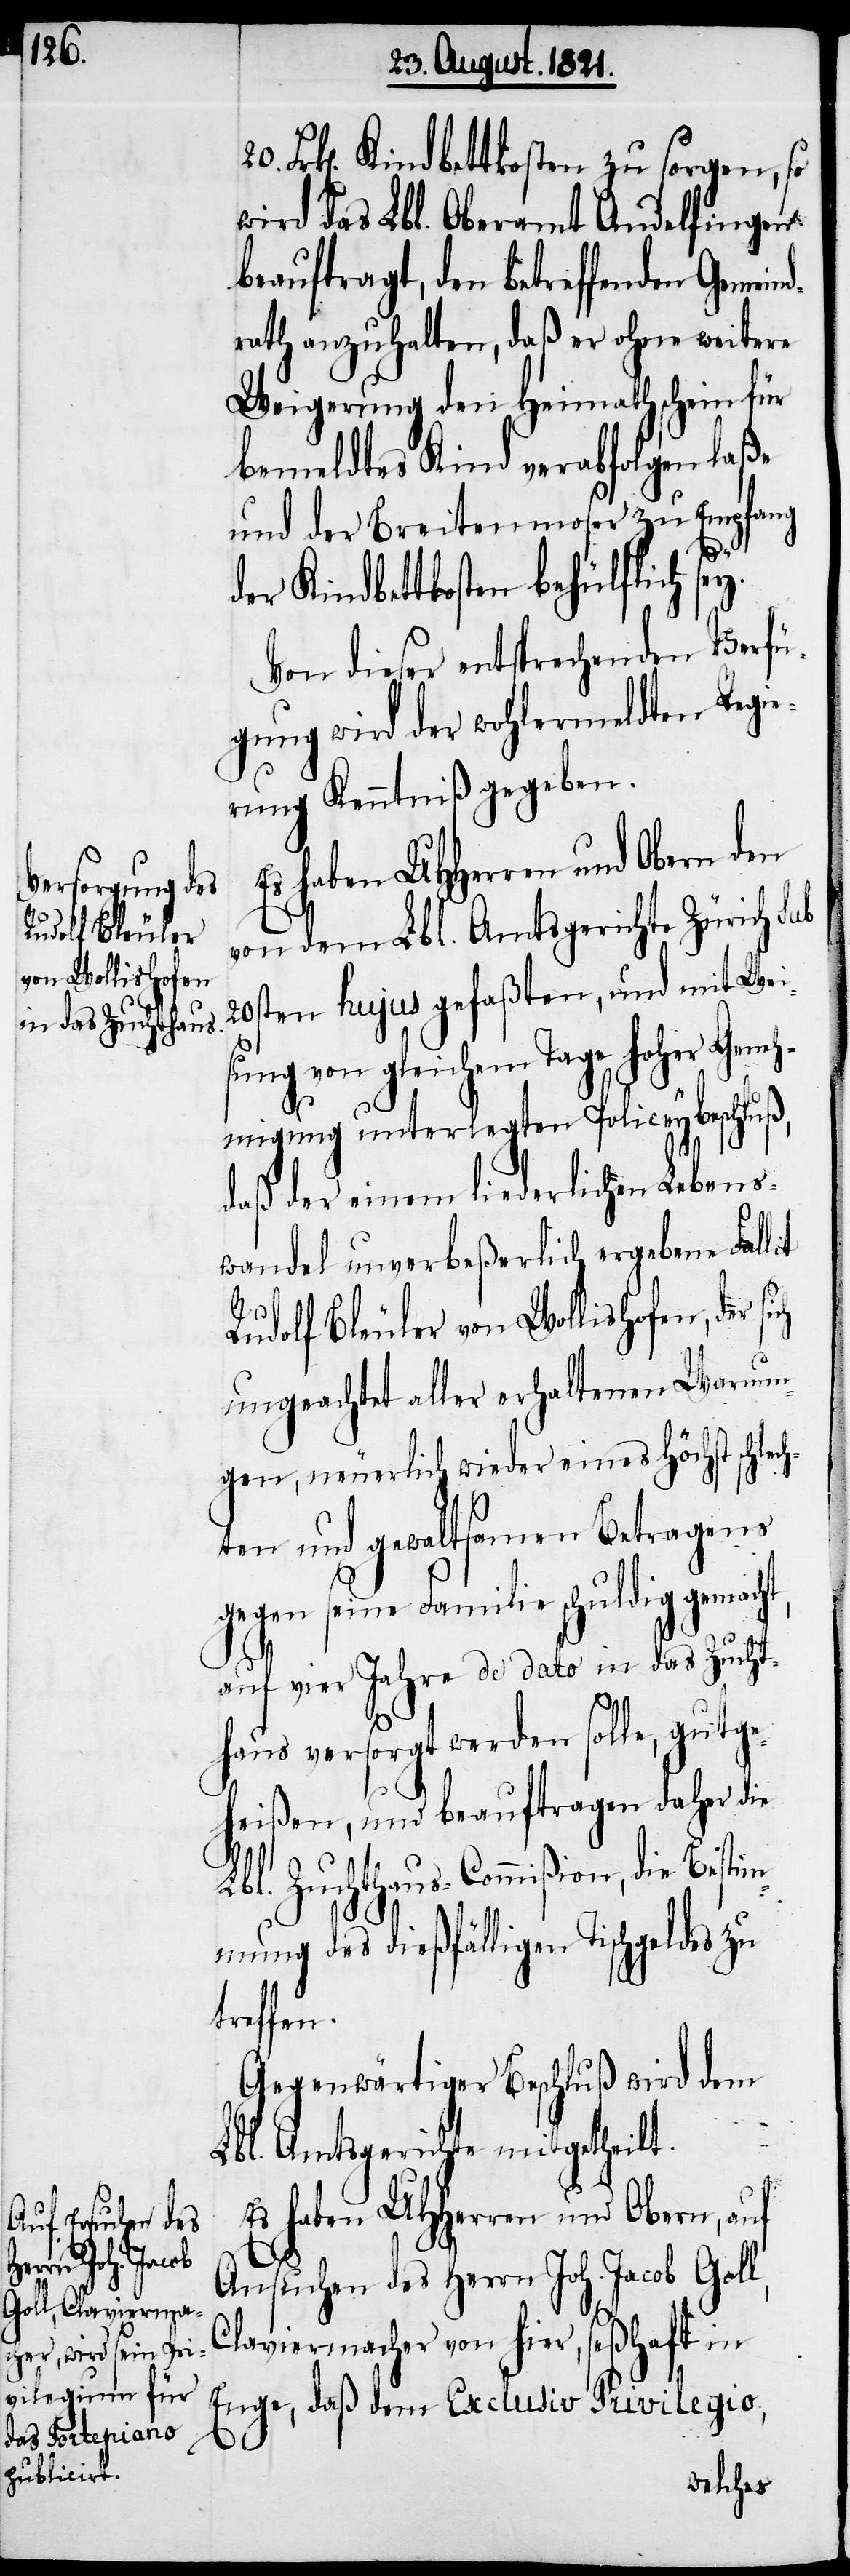
20.

Rudolf Bleuler
von Wollishofen,
der sich

Frk[en]. Kindbettkosten zu sorgen, so
wird das Lbl. Oberamt Andelfingen
beauftragt, den betreffenden Gemein¬
drath anzuhalten, daß er ohne weitere
Weigerung den Heimathschein für
bemeldtes Kind verabfolgen laße
und der Breitenmoser zu Empfang
y.
der Kindbettkosten behülflich se¬
Von dieser entsprechenden Verfü¬
gung wird der wohlermeldten Regie¬
rung Kenntniß gegeben.
Es haben UHHerren und Obern den
von dem Lbl. Amtsgerichte Zürich sub
20sten hujus gefaßten, und mit Wei¬
sung von gleichem Tage hoher Geneh¬
migung unterlegten Policeybeschluß,
daß der einem liederlichen Lebens¬
wandel unverbeßerlich ergebene Fall¬
ungeachtet aller erhaltenen Warnun¬
gen, neuerlich wieder eines höchst schlec¬
hten und gewaltsamen Betragens
gegen seine Familie schuldig gemacht,
auf vier Jahre de dato in das Zucht¬
haus versorgt werden solle, gutge¬
heißen, und beauftragen daher die
Lbl. Zuchthaus-Commißion, die Bestim¬
mung des dießfälligen Tischgeldes zu
treffen.
Gegenwärtiger Beschluß wird dem
Lbl. Amtsgerichte mitgetheilt.
Es haben UHHerren und Obern, auf
Ansuchen des Herrn Joh. Jacob Goll,
Claviermacher von hier, seßhaft in
Enge, daß dem Exclusiv Privilegio,
it